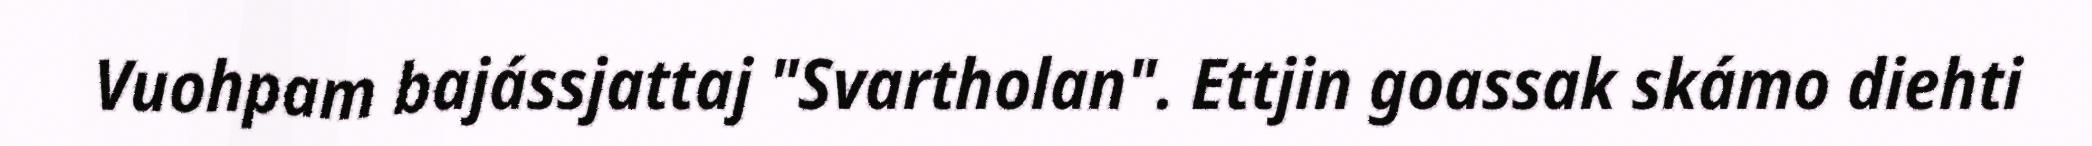
Vuohpam bajássjattaj "Svartholan". Ettjin goassak skámo diehti